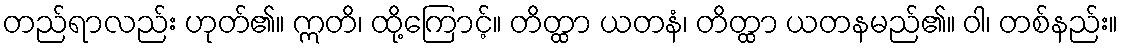
တည်ရာလည်း ဟုတ်၏။ ဣတိ၊ ထို့ကြောင့်။ တိတ္ထာ ယတနံ၊ တိတ္ထာ ယတနမည်၏။ ဝါ၊ တစ်နည်း။